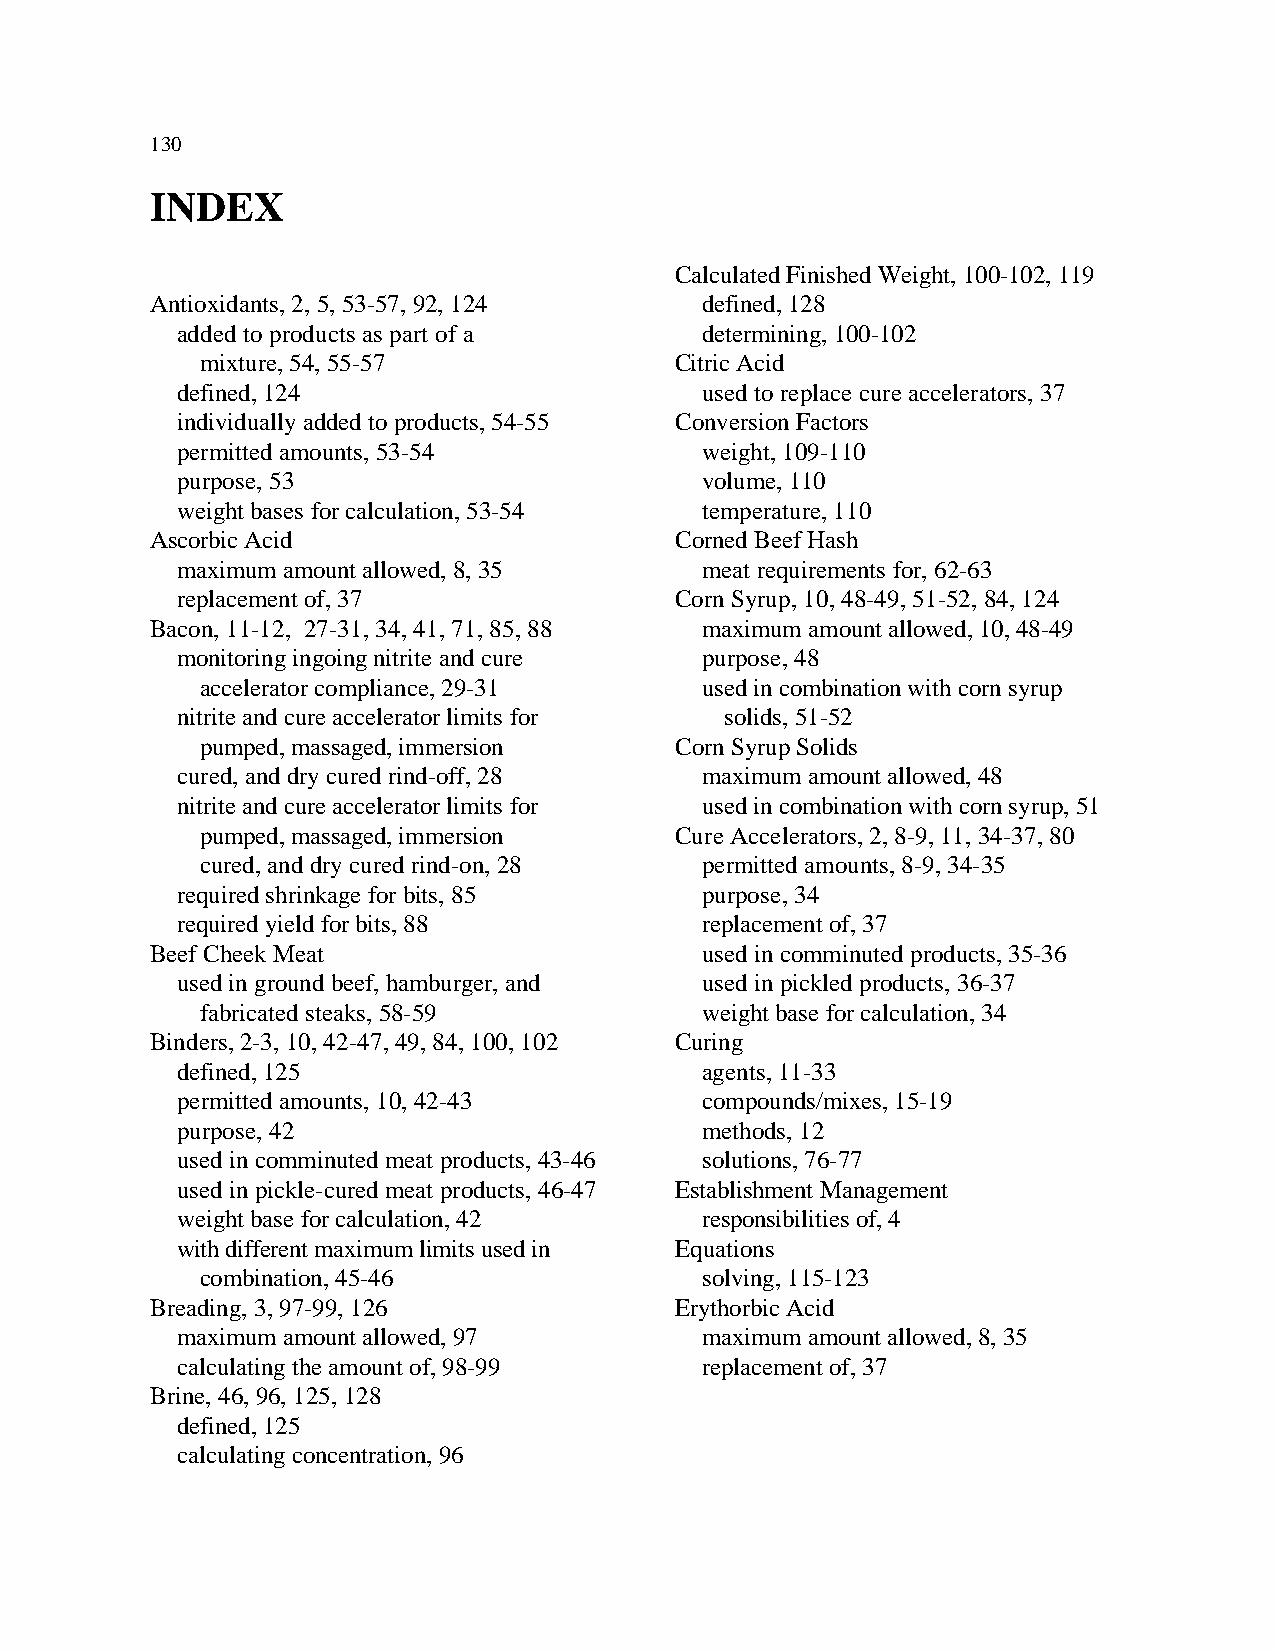
130
 INDEX
 Calculated Finished Weight, 100-102, 119
 Antioxidants, 2, 5, 53-57, 92, 124  defined, 128
 added to products as part of a    determining, 100-102
 mixture, 54, 55-57              Citric Acid
 defined, 124                      used to replace cure accelerators, 37
 individually added to products, 54-55 Conversion Factors
 permitted amounts, 53-54          weight, 109-110
 purpose, 53                       volume, 110
 weight bases for calculation, 53-54 temperature, 110
 Ascorbic Acid                      Corned Beef Hash
 maximum amount allowed, 8, 35     meat requirements for, 62-63
 replacement of, 37               Corn Syrup, 10, 48-49, 51-52, 84, 124
 Bacon, 11-12, 27-31, 34, 41, 71, 85, 88 maximum amount allowed, 10, 48-49
 monitoring ingoing nitrite and cure purpose, 48
 accelerator compliance, 29-31    used in combination with corn syrup
 nitrite and cure accelerator limits for solids, 51-52
 pumped, massaged, immersion     Corn Syrup Solids
 cured, and dry cured rind-off, 28 maximum amount allowed, 48
 nitrite and cure accelerator limits for used in combination with corn syrup, 51
 pumped, massaged, immersion     Cure Accelerators, 2, 8-9, 11, 34-37, 80
 cured, and dry cured rind-on, 28 permitted amounts, 8-9, 34-35
 required shrinkage for bits, 85   purpose, 34
 required yield for bits, 88       replacement of, 37
 Beef Cheek Meat                     used in comminuted products, 35-36
 used in ground beef, hamburger, and used in pickled products, 36-37
 fabricated steaks, 58-59         weight base for calculation, 34
 Binders, 2-3, 10, 42-47, 49, 84, 100, 102 Curing
 defined, 125                      agents, 11-33
 permitted amounts, 10, 42-43      compounds/mixes, 15-19
 purpose, 42                       methods, 12
 used in comminuted meat products, 43-46 solutions, 76-77
 used in pickle-cured meat products, 46-47 Establishment Management
 weight base for calculation, 42   responsibilities of, 4
 with different maximum limits used in Equations
 combination, 45-46               solving, 115-123
 Breading, 3, 97-99, 126            Erythorbic Acid
 maximum amount allowed, 97        maximum amount allowed, 8, 35
 calculating the amount of, 98-99  replacement of, 37
 Brine, 46, 96, 125, 128
 defined, 125
 calculating concentration, 96